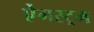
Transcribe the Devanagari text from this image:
ऐंगस्ट्रम